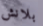
بلانش